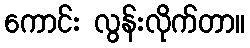
ကောင်း လွန်းလိုက်တာ။